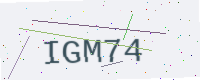
Text: IGM74